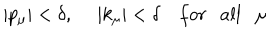
| p _ { \mu } | < \delta , \ | k _ { \mu } | < \delta f o r \ \ \ a l l \ \ \ \mu